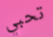
تحبي